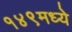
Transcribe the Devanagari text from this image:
१४९मध्ये